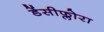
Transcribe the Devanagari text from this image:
डेंसीफ्लोरा